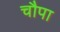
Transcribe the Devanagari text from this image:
चौपा